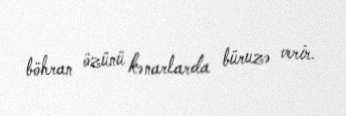
böhran özünü kənarlarda büruzə verir.